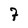
Character: 7